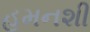
હમનશી